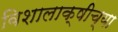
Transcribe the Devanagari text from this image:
विशालाक्षीच्या